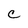
Character: C